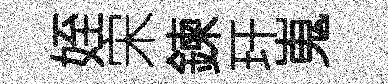
姪宋鍊玕嵬